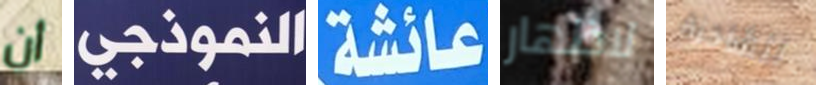
أن النموذجي عائشة لاظهار للشاحنة